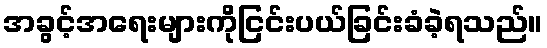
အခွင့်အရေးများကိုငြင်းပယ်ခြင်းခံခဲ့ရသည်။